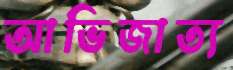
আভিজাত্য